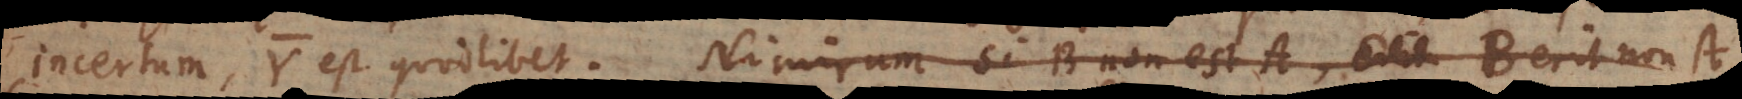
incertum, Y est quodlibet. § Nimirum si B non est A, B erit non‐A,